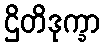
ဌိတိဒုက္ခာ